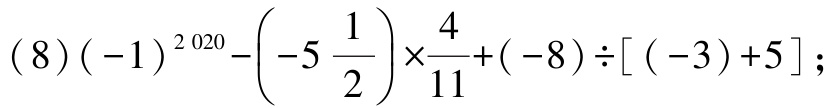
\((8)(-1)^{2020}-\left(-5\frac{1}{2}\right)\times\frac{4}{11}+(-8)\div[(-3)+5];\)